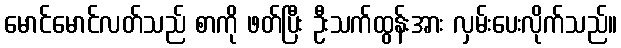
မောင်မောင်လတ်သည် စာကို ဖတ်ပြီး ဦးသက်ထွန်းအား လှမ်းပေးလိုက်သည်။